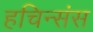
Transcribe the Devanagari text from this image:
हचिन्संस